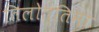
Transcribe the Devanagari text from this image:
तिलोत्तिमा